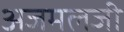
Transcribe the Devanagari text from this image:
अजमलजी